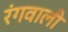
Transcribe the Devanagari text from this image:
रंगवाली